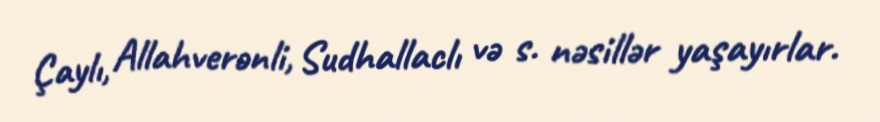
Çaylı, Allahverənli, Sudhallaclı və s. nəsillər yaşayırlar.